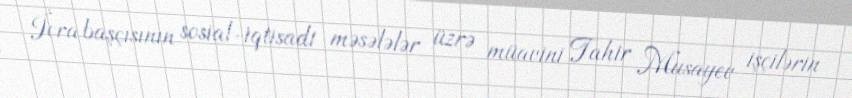
İcra başçısının sosial-iqtisadi məsələlər üzrə müavini Tahir Musayev işçilərin